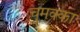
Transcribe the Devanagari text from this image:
चुमक्का